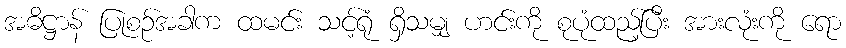
အဓိဋ္ဌာန် ပြုစဉ်အခါက ထမင်း သင့်ရုံ ရှိသမျှ ဟင်းကို စုပုံထည့်ပြီး အားလုံးကို ရော